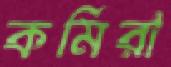
কর্মিরা